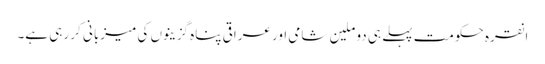
انقرہ حکومت پہلے ہی دو ملین شامی اور عراقی پناہ گزینوں کی میزبانی کر رہی ہے۔